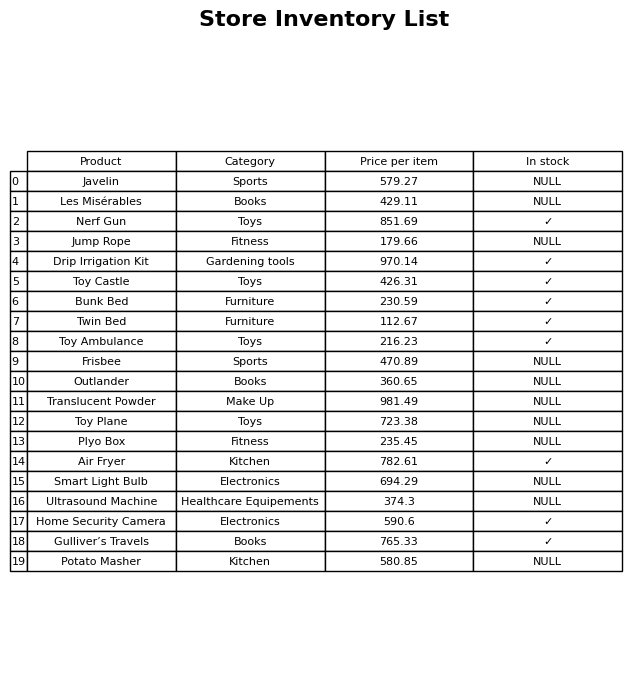
question: What is the price of the Toy Plane?
answer: The price of Toy Plane is 723.38.